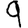
Digit: 9